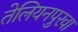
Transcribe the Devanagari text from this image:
तेलियनपुरवा